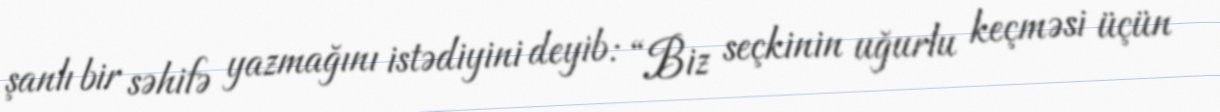
şanlı bir səhifə yazmağını istədiyini deyib: “Biz seçkinin uğurlu keçməsi üçün